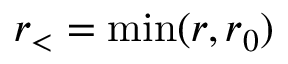
r _ { < } = \mathrm { m i n } ( r , r _ { 0 } )